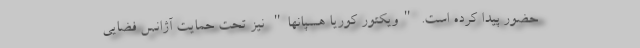
حضور پیدا کرده است. "ویکتور کوریا هسپانها" نیز تحت حمایت آژانس فضایی